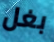
بغل